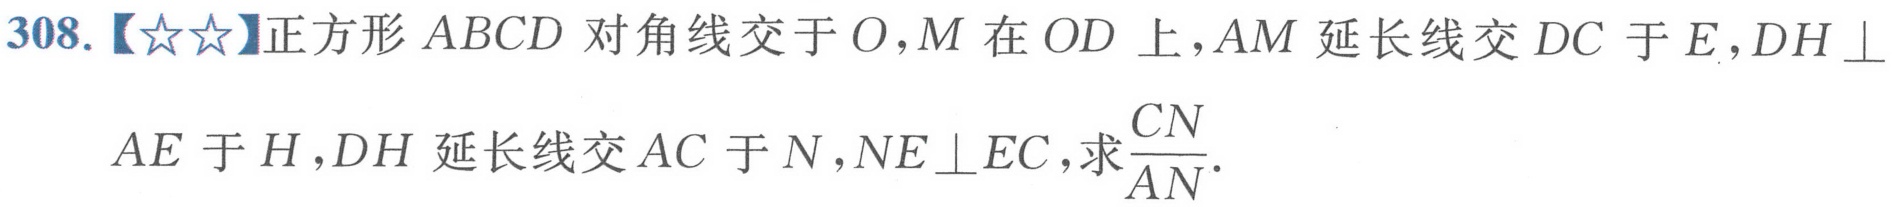
308.【★★】正方形 \(ABCD\) 对角线交于 \(O\)，\(M\) 在 \(OD\) 上，\(AM\) 延长线交 \(DC\) 于 \(E\)，\(DH\perp\)
\(AE\) 于 \(H\)，\(DH\) 延长线交 \(AC\) 于 \(N\)，\(NE\perp EC\)，求\(\frac{CN}{AN}\).